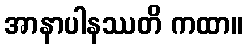
အာနာပါနဿတိ ကထာ။